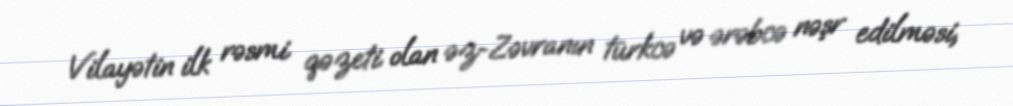
Vilayətin ilk rəsmi qəzeti olan əz-Zəvranın türkcə və ərəbcə nəşr edilməsi,